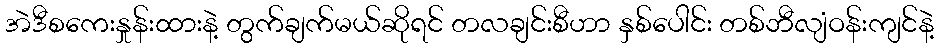
အဲဒီစကေးနှုန်းထားနဲ့ တွက်ချက်မယ်ဆိုရင် တလချင်းစီဟာ နှစ်ပေါင်း တစ်ဘီလျံဝန်းကျင်နဲ့